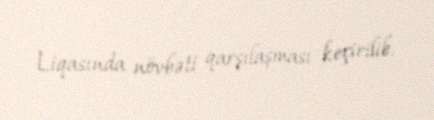
Liqasında növbəti qarşılaşması keçirilib.